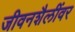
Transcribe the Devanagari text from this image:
जीवनशैलींवर